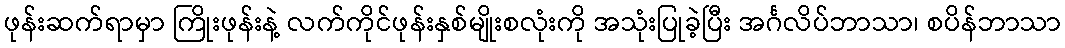
ဖုန်းဆက်ရာမှာ ကြိုးဖုန်းနဲ့ လက်ကိုင်ဖုန်းနှစ်မျိုးစလုံးကို အသုံးပြုခဲ့ပြီး အင်္ဂလိပ်ဘာသာ၊ စပိန်ဘာသာ